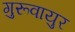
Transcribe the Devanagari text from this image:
गुरूवायुर